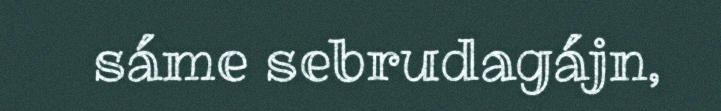
sáme sebrudagájn,